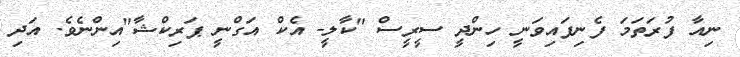
ނިއާ ފުރަތަމަ ފެނިފައިވަނީ ހިންދީ ސީރީސް "ކާލީ- އެކް އަގްނީ ޕަރިކްޝާ"އިންނެވެ. އަދި